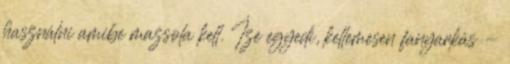
használni amibe mazsola kell. Íze egyedi, kellemesen fanyarkás -